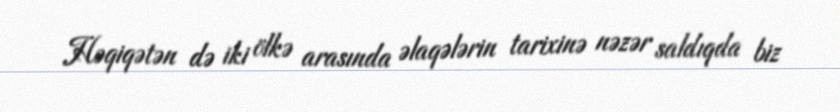
Həqiqətən də iki ölkə arasında əlaqələrin tarixinə nəzər saldıqda biz